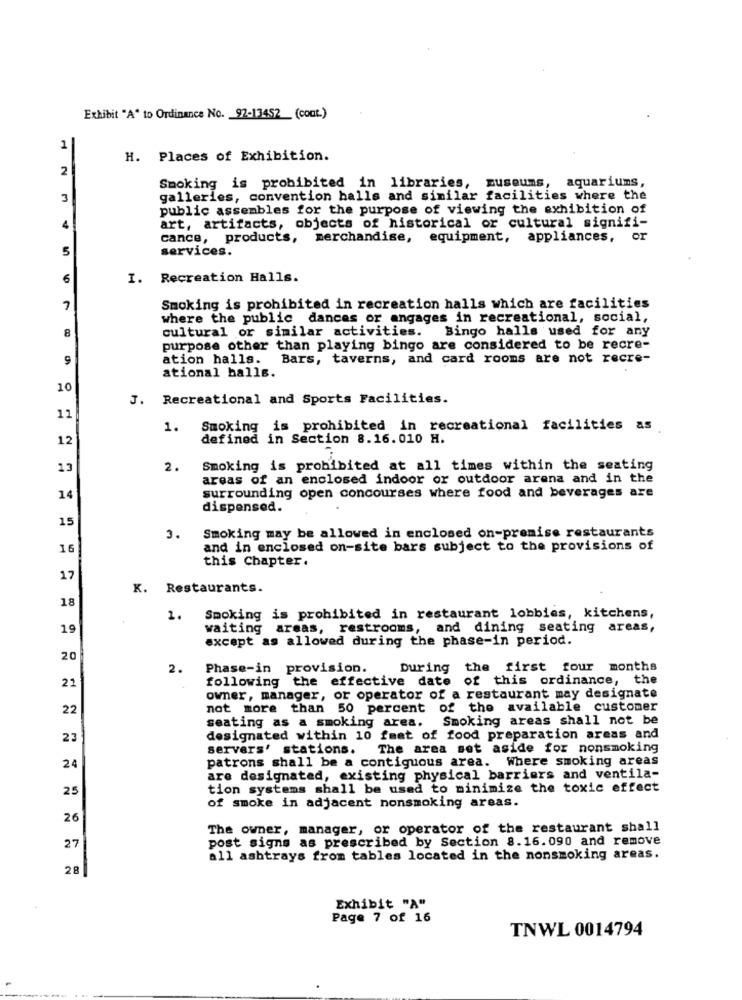
Exhibit "A" to Ordinance No. 92-13452_ (cont.)
1
H. Places of Exhibition.
2
Smoking is prohibited in libraries, museums, aquariums,
3
galleries, convention halls and similar facilities where the
public assembles for the purpose of viewing the exhibition of
4
art, artifacts, objects of historical or cultural signifi-
cance, products, merchandise, equipment, appliances, or
5
services.
6
I. Recreation Halls.
7
Smoking is prohibited in recreation halls which are facilities
where the public dances or angages in recreational, social,
8
cultural or similar activities. Bingo halls used for any
purpose other than playing bingo are considered to be recre-
9
ation halls.
Bars, taverns, and card rooms are not recre-
ational balls.
10
J. Recreational and Sports Facilities.
11
1.
Smoking is prohibited in recreational facilities as
12
defined in Section 8.16.010 H.
13
2.
Smoking is prohibited at all times within the seating
areas of an enclosed indoor or outdoor arena and in the
14
surrounding open concourses where food and beverages are
dispensed.
15
3.
Smoking may be allowed in enclosed on-premise restaurants
16
and in enclosed on-site bars subject to the provisions of
this Chapter.
17
K. Restaurants.
18
1. Smoking is prohibited in restaurant lobbies, kitchens,
19
waiting areas, restrooms, and dining seating areas,
except as allowed during the phase-in period.
20
2.
Phase-in provision.
During the first four months
22
following the effective date of this ordinance, the
owner, manager, or operator of a restaurant may designate
22
not more than 50 percent of the available customer
seating as a smoking area.
Smoking areas shall not be
23
designated within 10 fmat of food preparation areas and
servers' stations.
The area set aside for nonsmoking
patrons shall be a contiguous area. Where smoking areas
24
are designated, existing physical barriers and ventila-
25
tion systems shall be used to minimize the toxic effect
of smoke in adjacent nonsmoking areas.
26
The owner, manager, or operator of the restaurant shall
post signs as prescribed by Section 8.16.090 and remove
27
all ashtrays from tables located in the nonsmoking areas.
28
Exhibit "A"
Page 7 of 16
TNWL 0014794